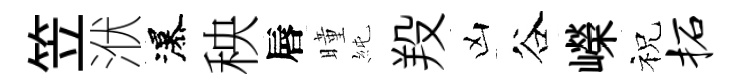
笠洑瀑秧唇曈純羖凶谷嶸祝柘